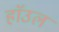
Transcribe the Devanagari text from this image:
हाॅउल